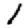
Digit: 1